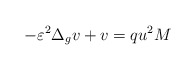
\begin{align*}-\varepsilon^{2}\Delta_{g}v+v=qu^{2}M\end{align*}